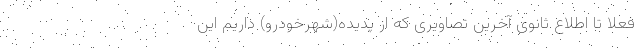
فعلا تا اطلاع ثانوی آخرین تصاویری که از پدیده(شهرخودرو) داریم این